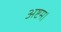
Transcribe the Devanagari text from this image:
अष्टम।